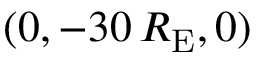
( 0 , - 3 0 \, R _ { \mathrm { E } } , 0 )